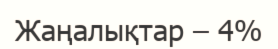
Жаңалықтар – 4%